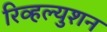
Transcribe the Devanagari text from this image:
रिव्हल्युशन